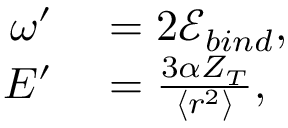
\begin{array} { r l } { \omega ^ { \prime } } & { { } = 2 \mathcal { E } _ { b i n d } , } \\ { \displaystyle E ^ { \prime } } & { { } = \frac { 3 \alpha Z _ { T } } { \langle r ^ { 2 } \rangle } , } \end{array}